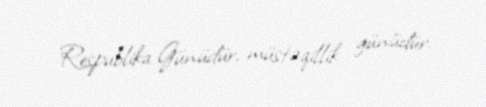
Respublika Günüdür, müstəqillik günüdür.